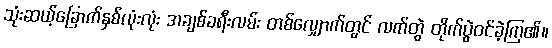
သုံးဆယ့်ခြောက်နှစ်လုံးလုံး အချစ်ခရီးလမ်း တစ်လျှောက်တွင် လက်တွဲ တိုက်ပွဲဝင်ခဲ့ကြ၏။